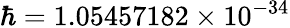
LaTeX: \hbar=1.05457182\times 10^{-34}